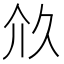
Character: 𠇧